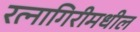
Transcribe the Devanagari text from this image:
रत्नागिरीमधील